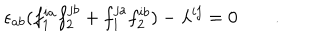
\epsilon _ { a b } ( f _ { 1 } ^ { i a } f _ { 2 } ^ { j b } + f _ { 1 } ^ { j a } f _ { 2 } ^ { i b } ) - \lambda ^ { i j } = 0 \qquad .